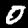
Label: 0